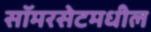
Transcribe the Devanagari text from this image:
सॉमरसेटमधील